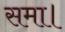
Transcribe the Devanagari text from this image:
समा।